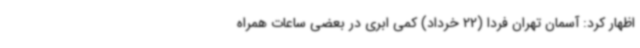
اظهار کرد: آسمان تهران فردا (22 خرداد) کمی ابری در بعضی ساعات همراه